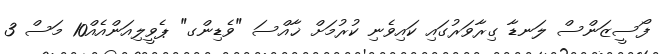
ފޯސީޒަންސް ލަނޑާ ގިރާވަރުގައި ކައިވެނި ކުުރުމަށް ޚާއްސަ "ވެޑިންގ" ޕެވީލިއަންއެއް10 މަސް 3